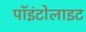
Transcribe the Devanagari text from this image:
पॉइंटोलाइट